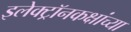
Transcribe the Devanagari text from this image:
इलेक्ट्रॉनकक्षांच्या